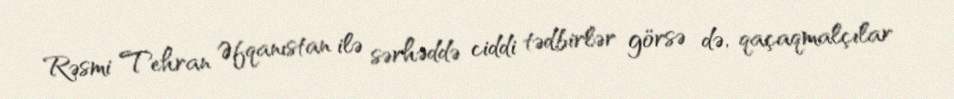
Rəsmi Tehran Əfqanıstan ilə sərhəddə ciddi tədbirlər görsə də, qaçaqmalçılar